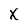
Character: x